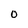
Character: 0